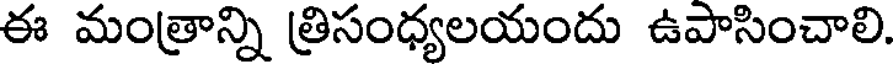
ఈ మంత్రాన్ని త్రిసంధ్యలయందు ఉపాసించాలి.